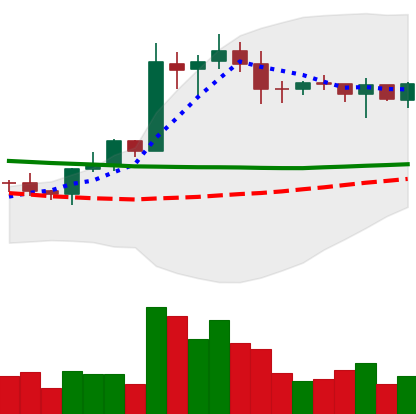
Ticker: EOS-USD
Chart end date: 2020-01-26
Forward return: 13.38%
Label: up_7plus